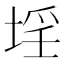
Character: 𡍛